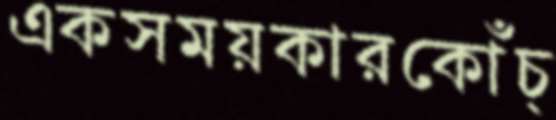
একসময়কারকোঁচ্‌